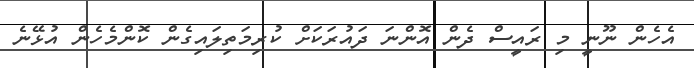
އެހެން ނޫނީ މި ރައީސް ދެން އޮންނަ ދައުރަކަށް ކުރިމަތިލައިގެން ކޮންމެހެން އުޅޭނެ